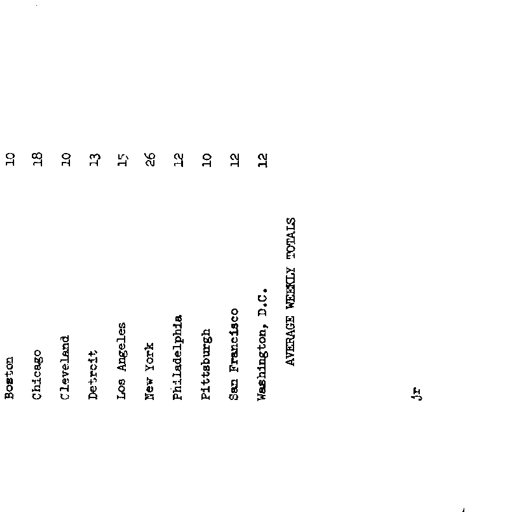
Boston 10
Chicago 18
Cleveland 10
Detroit 13
Los Angeles 15
New York 26
Philadelphia 12
Pittsburgh 10
San Francisco 12
Washington, D.C. 12
AVERAGE WEEKLY TOTALS

jr